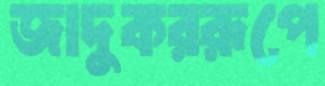
জাদুকররূপে